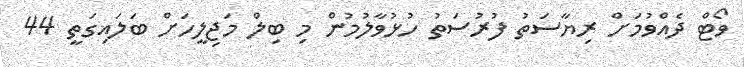
ވޯޓް ދެއްވުމަށް ރިޔާސަތު ފުރުސަތު ހުޅުވާލުމުން މި ބިލް މަޖިލީހަށް ބަލައިގަތީ 44